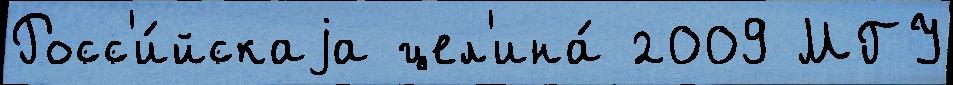
Росс'и́йскаjа цел'ина́ 2009 МГУ